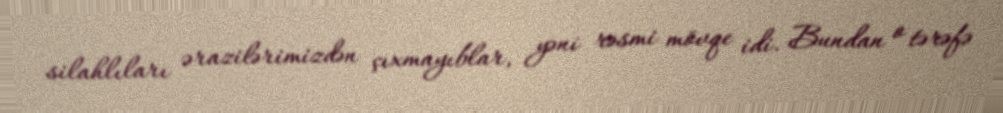
silahlıları ərazilərimizdən çıxmayıblar, yəni rəsmi mövqe idi. Bundan o tərəfə